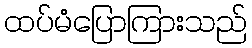
ထပ်မံပြောကြားသည်